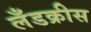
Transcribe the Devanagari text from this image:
लँडक्रीस